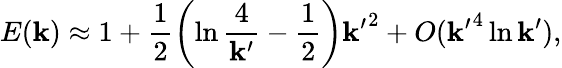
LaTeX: E(\mathbf{k})\approx1+\frac{{1}}{{2}}\left(\ln\frac{{4}}{{{\mathbf{k}^{\prime}}}}-\frac{{1}}{{2}}\right){\mathbf{k}^{\prime}}^{2}+O({\mathbf{k}^{\prime}}^{4}\ln{\mathbf{k}^{\prime}}),